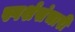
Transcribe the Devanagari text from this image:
स्पर्शसंचारी